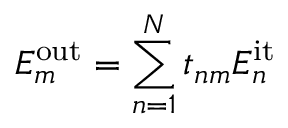
E _ { m } ^ { \mathrm { o u t } } = \sum _ { n = 1 } ^ { N } t _ { n m } E _ { n } ^ { \mathrm { i t } }